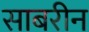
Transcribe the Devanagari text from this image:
साबरीन